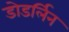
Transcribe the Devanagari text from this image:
डोडर्लिन